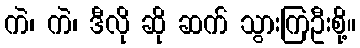
ကဲ၊ ကဲ၊ ဒီလို ဆို ဆက် သွားကြဦးစို့။